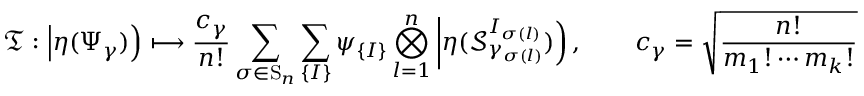
\mathfrak { T } : \left| \eta ( \Psi _ { \gamma } ) \right) \longmapsto \frac { c _ { \gamma } } { n ! } \sum _ { \sigma \in \mathrm { S } _ { n } } \sum _ { \left\lbrace I \right\rbrace } \psi _ { \left\lbrace I \right\rbrace } \bigotimes _ { l = 1 } ^ { n } \left| \eta ( \mathcal { S } _ { \gamma _ { \sigma ( l ) } } ^ { I _ { \sigma ( l ) } } ) \right) , \qquad c _ { \gamma } = \sqrt { \frac { n ! } { m _ { 1 } ! \cdots m _ { k } ! } }